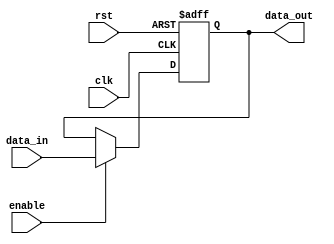
module two_way_bypass_register(
    input wire clk,
    input wire rst,
    input wire data_in,
    input wire enable,
    output reg data_out
);

reg reg_data;

always @(posedge clk or posedge rst) begin
    if(rst) begin
        reg_data <= 0;
    end else begin
        if(enable) begin
            reg_data <= data_in;
        end
    end
end

assign data_out = reg_data;

endmodule